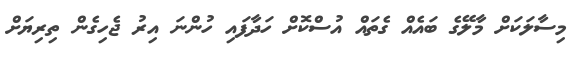
މިސާލަކަށް މާލޭގެ ބައެއް ގެތައް އުސްކޮށް ހަދާފައި ހުންނަ އިރު ޖެހިގެން ތިރިޔަށް